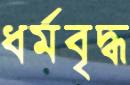
ধর্মবৃদ্ধ